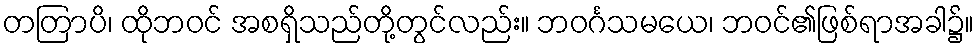
တတြာပိ၊ ထိုဘဝင် အစရှိသည်တို့တွင်လည်း။ ဘဝင်္ဂသမယေ၊ ဘဝင်၏ဖြစ်ရာအခါ၌။